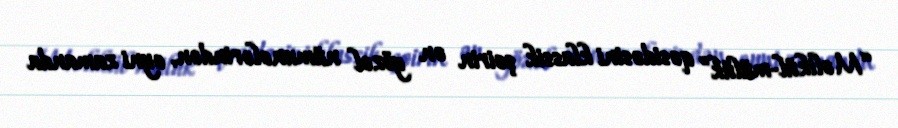
“Məlikül-mülük” qəsidəsini klassik şeirin ən gözəl nümunələrindən, eyni zamanda